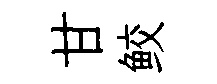
甘鲛